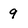
Character: 9